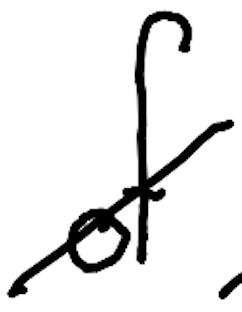
Text: of
Cross-out: diagonal
Writing tool: digital_black